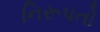
નિરૂપતો